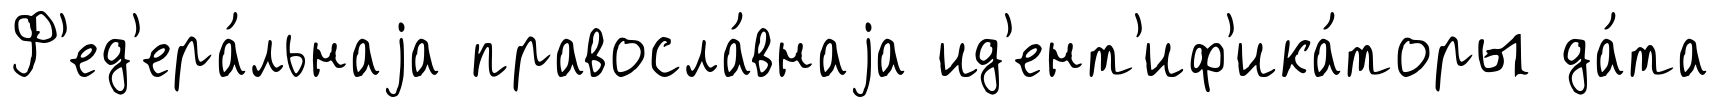
Ф'ед'ера́льнаjа правосла́внаjа ид'ент'иф'ика́торы да́та